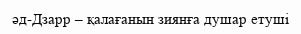
әд-Дзарр – қалағанын зиянға душар етуші